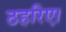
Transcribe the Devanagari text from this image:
ठहरिए।